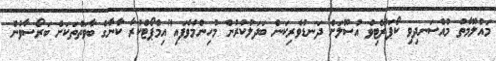
މައުލޫމާތު މުއްސަނދިވި ކޯޕަރޭޓިވް އުސޫލަށް ދަނޑުވެރިކަން ބަދަލުކުރުން މުހިންމުވެފައި"އިމްޕޯޓްކުރާ ކާނާގެ ބާވަތްތަކަށް ބަރޯސާވުން